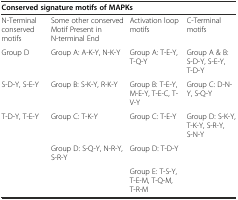
| <COLSPAN=4> Conserved signature motifs of MAPKs |
 | --- | --- | --- | --- |
 | N-Terminal conserved motifs | Some other conserved Motif Present in N-terminal End | Activation loop motifs | C-Terminal motifs |
 | Group D | Group A: A-K-Y, N-K-Y | Group A: T-E-Y, T-Q-Y | Group A & B: S-D-Y, S-E-Y, T-D-Y |
 | S-D-Y, S-E-Y | Group B: S-K-Y, R-K-Y | Group B: T-E-Y, M-E-Y, T-E-C, T-V-Y | Group C: D-N-Y, S-Q-Y |
 | T-D-Y, T-E-Y | Group C: T-K-Y | Group C: T-E-Y | Group D: S-K-Y, T-K-Y, S-R-Y, S-N-Y |
 |  | Group D: S-Q-Y, N-R-Y, S-R-Y | Group D: T-D-Y |  |
 |  |  | Group E: T-S-Y, T-E-M, T-Q-M, T-R-M |  |